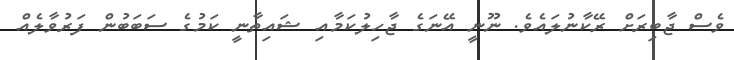
ވެސް ޖާބިރަށް ރޭކާނުލައެވެ. ނޫނީ އޭނަގެ ޖާހިލުކަމާއި ޝައިތާނީ ކަމުގެ ސަބަބުން ފަރުވާލެއް